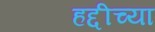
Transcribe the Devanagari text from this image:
हद्दीच्या